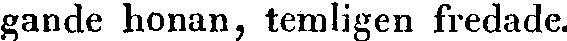
gande honan, temligen fredade.